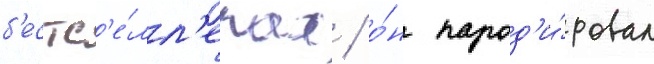
б'естс'е́лл'ерах / о́н парод'и́ровал